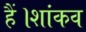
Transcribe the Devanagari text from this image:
हैं।शांकव